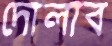
দোলাব